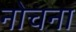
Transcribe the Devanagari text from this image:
नोचना